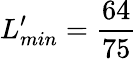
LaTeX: L_{min}^{\prime}=\frac{64}{75}